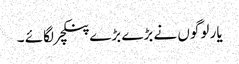
یار لوگوں نے بڑے بڑے پنکچر لگائے ۔